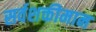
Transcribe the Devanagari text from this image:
सर्वशक्तीमान